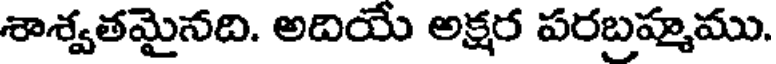
శాశ్వతమైనది. అదియే అక్షర పరబ్రహ్మము.